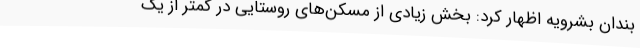
بندان بشرویه اظهار کرد: بخش زیادی از مسکن‌های روستایی در کمتر از یک